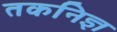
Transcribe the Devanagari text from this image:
तकनिज्ञ